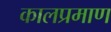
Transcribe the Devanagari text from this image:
कालप्रमाण